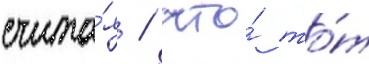
счита́я / что́ то́т